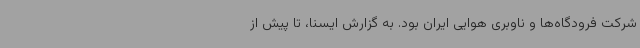
شرکت فرودگاه‌ها و ناوبری هوایی ایران بود. به گزارش ایسنا، تا پیش از